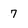
Character: 7